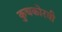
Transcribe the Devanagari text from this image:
कुचकोरवी